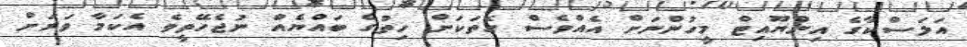
އަލަސްކާގެ އިންޔޫއިޓް މީހުންނަށް އެއްވެސް ގޮތަކަށް ހިތުގެ ބައްޔެއް ނުޖެހޭތީވެ އެކަމާ ވަރަށް